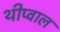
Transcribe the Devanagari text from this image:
थीप्वाल